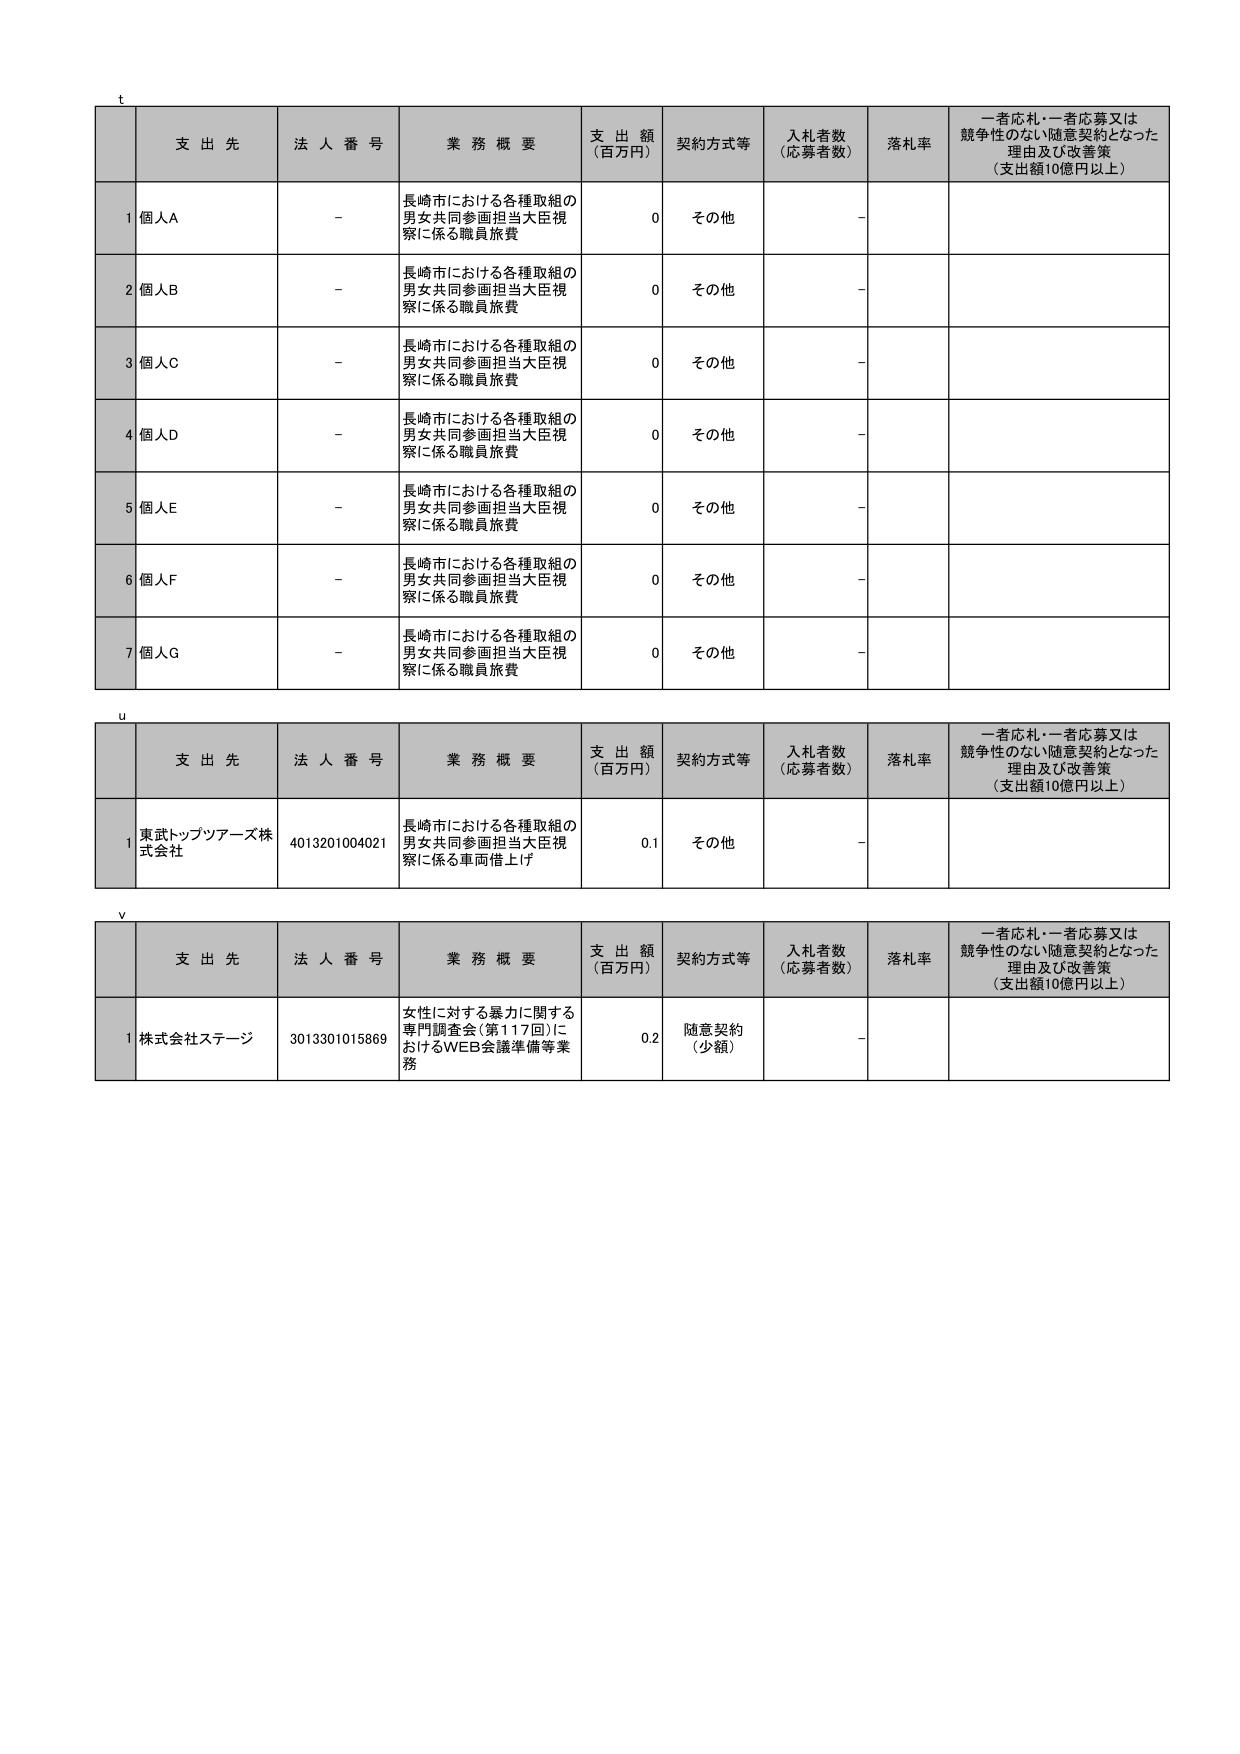
t
支 出 先
法 人 番 号
業 務 概 要
支 出 額
（百万円）
契約方式等
入札者数
（応募者数）
落札率
一者応札・一者応募又は
競争性のない随意契約となった
理由及び改善策
（支出額10億円以上）
1 個人A
-
長崎市における各種取組の
男女共同参画担当大臣視
察に係る職員旅費
0
その他
-
2 個人B
-
長崎市における各種取組の
男女共同参画担当大臣視
察に係る職員旅費
0
その他
-
3 個人C
-
長崎市における各種取組の
男女共同参画担当大臣視
察に係る職員旅費
0
その他
-
4 個人D
-
長崎市における各種取組の
男女共同参画担当大臣視
察に係る職員旅費
0
その他
-
5 個人E
-
長崎市における各種取組の
男女共同参画担当大臣視
察に係る職員旅費
0
その他
-
6 個人F
-
長崎市における各種取組の
男女共同参画担当大臣視
察に係る職員旅費
0
その他
-
7 個人G
-
長崎市における各種取組の
男女共同参画担当大臣視
察に係る職員旅費
0
その他
-
u
支 出 先
法 人 番 号
業 務 概 要
支 出 額
（百万円）
契約方式等
入札者数
（応募者数）
落札率
一者応札・一者応募又は
競争性のない随意契約となった
理由及び改善策
（支出額10億円以上）
1 東武トップツアーズ株
式会社
4013201004021
長崎市における各種取組の
男女共同参画担当大臣視
察に係る車両借上げ
0.1
その他
-
v
支 出 先
法 人 番 号
業 務 概 要
支 出 額
（百万円）
契約方式等
入札者数
（応募者数）
落札率
一者応札・一者応募又は
競争性のない随意契約となった
理由及び改善策
（支出額10億円以上）
1 株式会社ステージ
3013301015869
女性に対する暴力に関する
専門調査会（第117回）に
おけるWEB会議準備等業
務
0.2
随意契約
（少額）
-